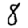
Digit: 8